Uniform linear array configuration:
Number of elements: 4
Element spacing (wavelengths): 1
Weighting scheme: hann
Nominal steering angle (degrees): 15
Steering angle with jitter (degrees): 16.705
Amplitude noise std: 0.05
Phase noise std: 0.05

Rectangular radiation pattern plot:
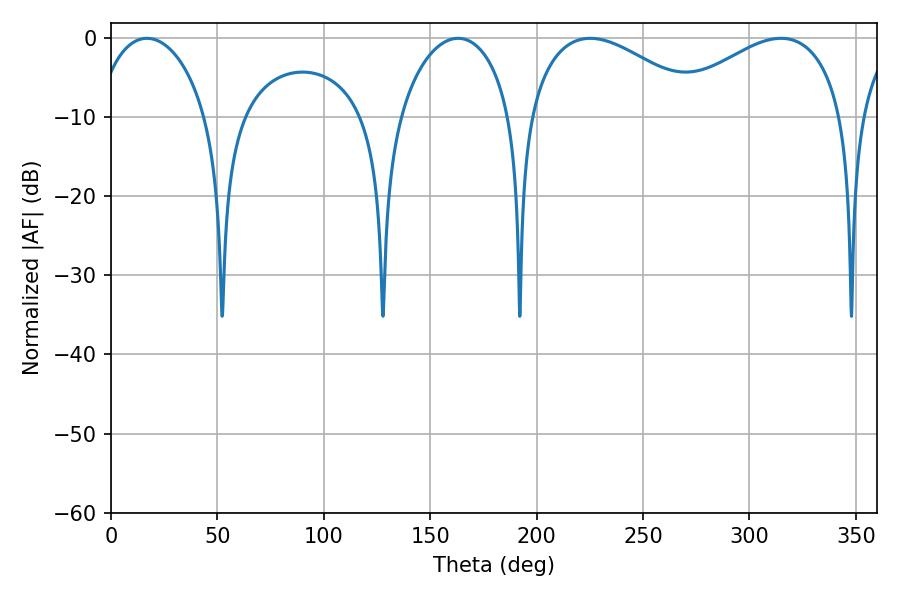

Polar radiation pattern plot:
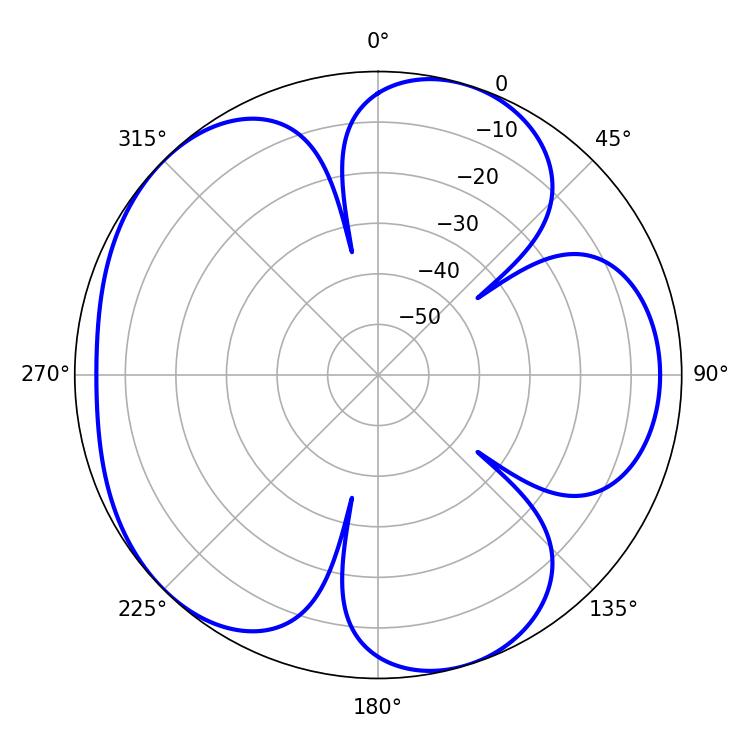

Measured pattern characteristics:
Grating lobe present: TRUE
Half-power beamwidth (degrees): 46.08
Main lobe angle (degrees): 225.18